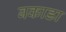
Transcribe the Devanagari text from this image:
बकाडा